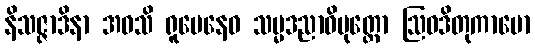
နိသဇ္ဇာဒိနာ အဝသိ ရူပေနေဝ သမ္မဒညာဝိမုတ္တော ဩဝဒိတုကာမော